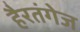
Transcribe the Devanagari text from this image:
हैरतंगेज